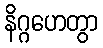
နိဂ္ဂဟေတွာ